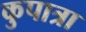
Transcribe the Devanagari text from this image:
कुपात्रा